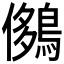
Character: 𪂄